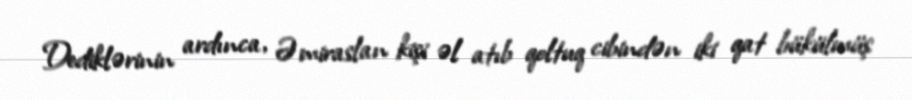
Dediklərinin ardınca, Əmiraslan kişi əl atıb qoltuq cibindən iki qat bükülmüş